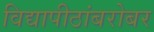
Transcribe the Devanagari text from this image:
विद्यापीठांबरोबर